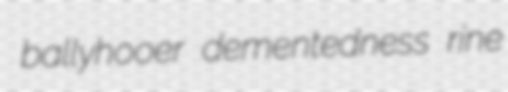
ballyhooer dementedness rine